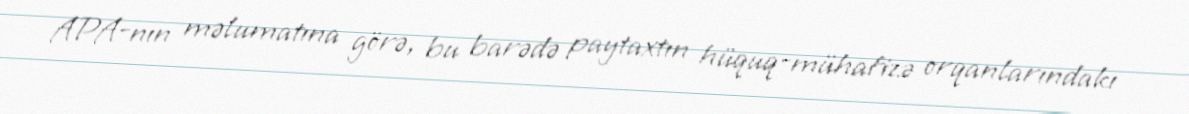
APA-nın məlumatına görə, bu barədə paytaxtın hüquq-mühafizə orqanlarındakı